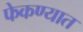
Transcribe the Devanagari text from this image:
फेकण्यात